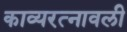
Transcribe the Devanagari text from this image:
काव्यरत्‍नावली